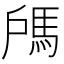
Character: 𩢉